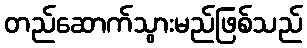
တည်ဆောက်သွားမည်ဖြစ်သည်